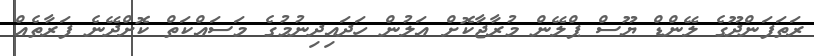
ރަތަފަންދޫގެ ލޭންޑް ޔޫސް ޕްލޭން މުރާޖާކޮށް އަލުން ހަދައިދިނުމުގެ މަސައްކަތް ކޮށްދޭނެ ފަރާތެއް